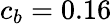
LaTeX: c_{b}=0.16